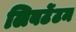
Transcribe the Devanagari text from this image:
लिबर्टेटम